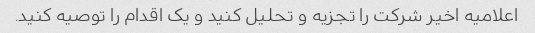
اعلامیه اخیر شرکت را تجزیه و تحلیل کنید و یک اقدام را توصیه کنید.